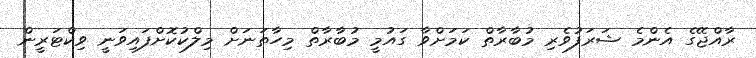
ރާއްޖޭގެ އެންމެ ޝަރަފުވެރި މުބާރާތް ކަމަށްވާ ގައުމީ މުބާރާތް މިހާތަނަށް މިލްކުކޮށްފައިވަނީ ވިކްޓަރީން